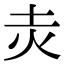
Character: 灻